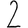
Digit: 2